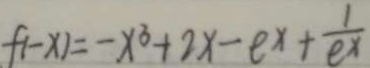
f ( - x ) = - x ^ { 3 } + 2 x - e ^ { x } + \frac { 1 } { e ^ { x } }